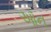
ઑન